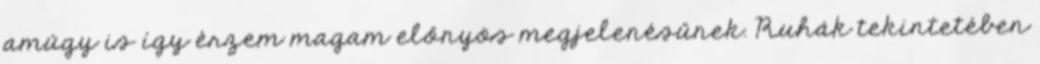
amúgy is így érzem magam előnyös megjelenésűnek. Ruhák tekintetében